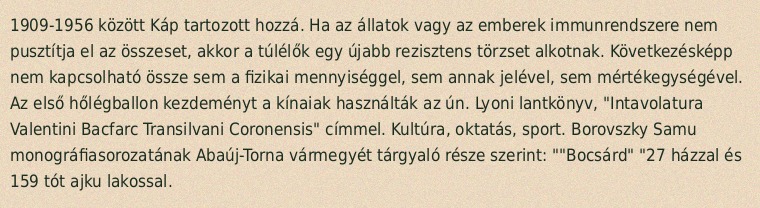
1909-1956 között Káp tartozott hozzá. Ha az állatok vagy az emberek immunrendszere nem pusztítja el az összeset, akkor a túlélők egy újabb rezisztens törzset alkotnak. Következésképp nem kapcsolható össze sem a fizikai mennyiséggel, sem annak jelével, sem mértékegységével. Az első hőlégballon kezdeményt a kínaiak használták az ún. Lyoni lantkönyv, "Intavolatura Valentini Bacfarc Transilvani Coronensis" címmel. Kultúra, oktatás, sport. Borovszky Samu monográfiasorozatának Abaúj-Torna vármegyét tárgyaló része szerint: ""Bocsárd" "27 házzal és 159 tót ajku lakossal.